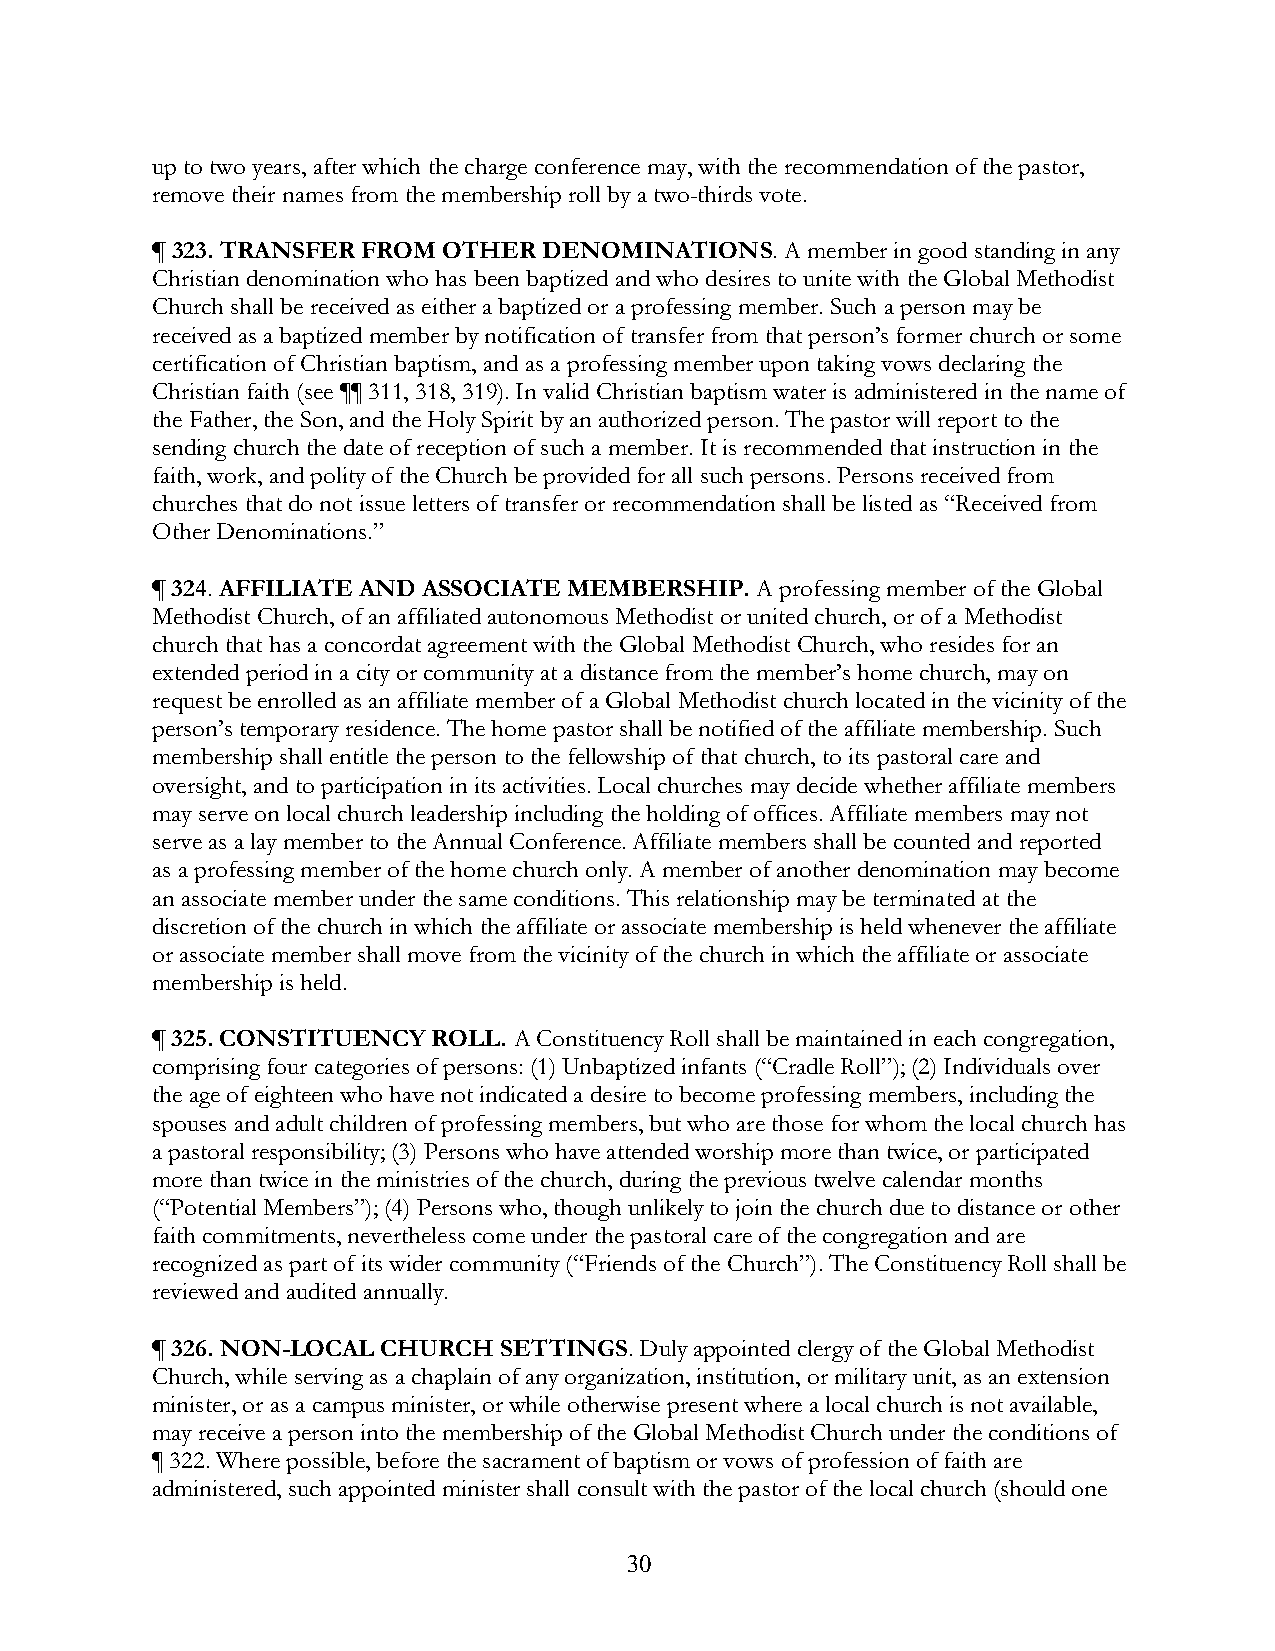
up to two years, after which the charge conference may, with the recommendation of the pastor,
 remove their names from the membership roll by a two-thirds vote.
 ¶ 323. TRANSFER FROM OTHER DENOMINATIONS. A member in good standing in any
 Christian denomination who has been baptized and who desires to unite with the Global Methodist
 Church shall be received as either a baptized or a professing member. Such a person may be
 received as a baptized member by notification of transfer from that person’s former church or some
 certification of Christian baptism, and as a professing member upon taking vows declaring the
 Christian faith (see ¶¶ 311, 318, 319). In valid Christian baptism water is administered in the name of
 the Father, the Son, and the Holy Spirit by an authorized person. The pastor will report to the
 sending church the date of reception of such a member. It is recommended that instruction in the
 faith, work, and polity of the Church be provided for all such persons. Persons received from
 churches that do not issue letters of transfer or recommendation shall be listed as “Received from
 Other Denominations.”
 ¶ 324. AFFILIATE AND ASSOCIATE MEMBERSHIP. A professing member of the Global
 Methodist Church, of an affiliated autonomous Methodist or united church, or of a Methodist
 church that has a concordat agreement with the Global Methodist Church, who resides for an
 extended period in a city or community at a distance from the member’s home church, may on
 request be enrolled as an affiliate member of a Global Methodist church located in the vicinity of the
 person’s temporary residence. The home pastor shall be notified of the affiliate membership. Such
 membership shall entitle the person to the fellowship of that church, to its pastoral care and
 oversight, and to participation in its activities. Local churches may decide whether affiliate members
 may serve on local church leadership including the holding of offices. Affiliate members may not
 serve as a lay member to the Annual Conference. Affiliate members shall be counted and reported
 as a professing member of the home church only. A member of another denomination may become
 an associate member under the same conditions. This relationship may be terminated at the
 discretion of the church in which the affiliate or associate membership is held whenever the affiliate
 or associate member shall move from the vicinity of the church in which the affiliate or associate
 membership is held.
 ¶ 325. CONSTITUENCY ROLL. A Constituency Roll shall be maintained in each congregation,
 comprising four categories of persons: (1) Unbaptized infants (“Cradle Roll”); (2) Individuals over
 the age of eighteen who have not indicated a desire to become professing members, including the
 spouses and adult children of professing members, but who are those for whom the local church has
 a pastoral responsibility; (3) Persons who have attended worship more than twice, or participated
 more than twice in the ministries of the church, during the previous twelve calendar months
 (“Potential Members”); (4) Persons who, though unlikely to join the church due to distance or other
 faith commitments, nevertheless come under the pastoral care of the congregation and are
 recognized as part of its wider community (“Friends of the Church”). The Constituency Roll shall be
 reviewed and audited annually.
 ¶ 326. NON-LOCAL CHURCH SETTINGS. Duly appointed clergy of the Global Methodist
 Church, while serving as a chaplain of any organization, institution, or military unit, as an extension
 minister, or as a campus minister, or while otherwise present where a local church is not available,
 may receive a person into the membership of the Global Methodist Church under the conditions of
 ¶ 322. Where possible, before the sacrament of baptism or vows of profession of faith are
 administered, such appointed minister shall consult with the pastor of the local church (should one
 30